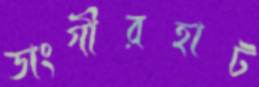
ডাংগীরহাট